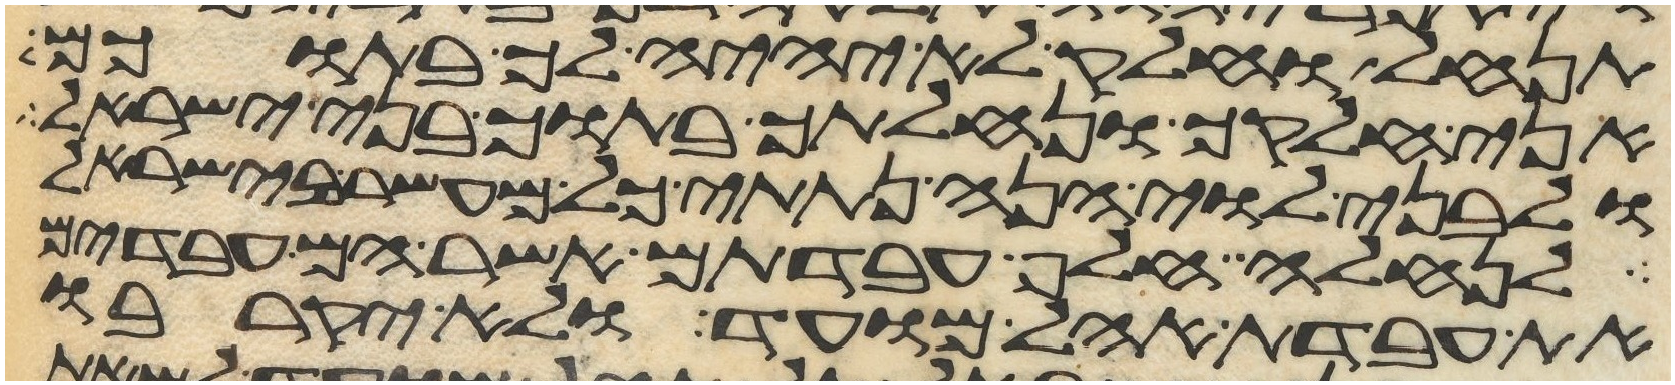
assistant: תנחל וחלק לא יהיה לך בתוכם
אני חלקך ונחלתך בתוך בני ישראל
ולבני לוי הנה נתתי כל מעשר בישראל
לנחלה חלף עבדתם אשר הם עבדים
את עבדת אהל מועד ולא יקרבו